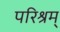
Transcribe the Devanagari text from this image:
परिश्रम्